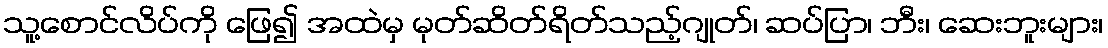
သူ့စောင်လိပ်ကို ဖြေ၍ အထဲမှ မုတ်ဆိတ်ရိတ်သည့်ဂျုတ်၊ ဆပ်ပြာ၊ ဘီး၊ ဆေးဘူးများ၊